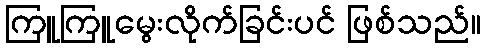
ကြူကြူမွေးလိုက်ခြင်းပင် ဖြစ်သည်။